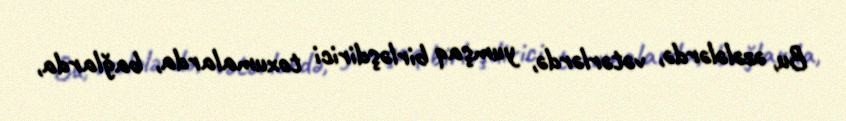
Bu, əzələlərdə, vətərlərdə, yumşaq birləşdirici toxumalarda, bağlarda,